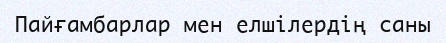
Пайғамбарлар мен елшілердің саны